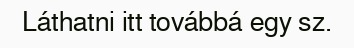
Láthatni itt továbbá egy sz.